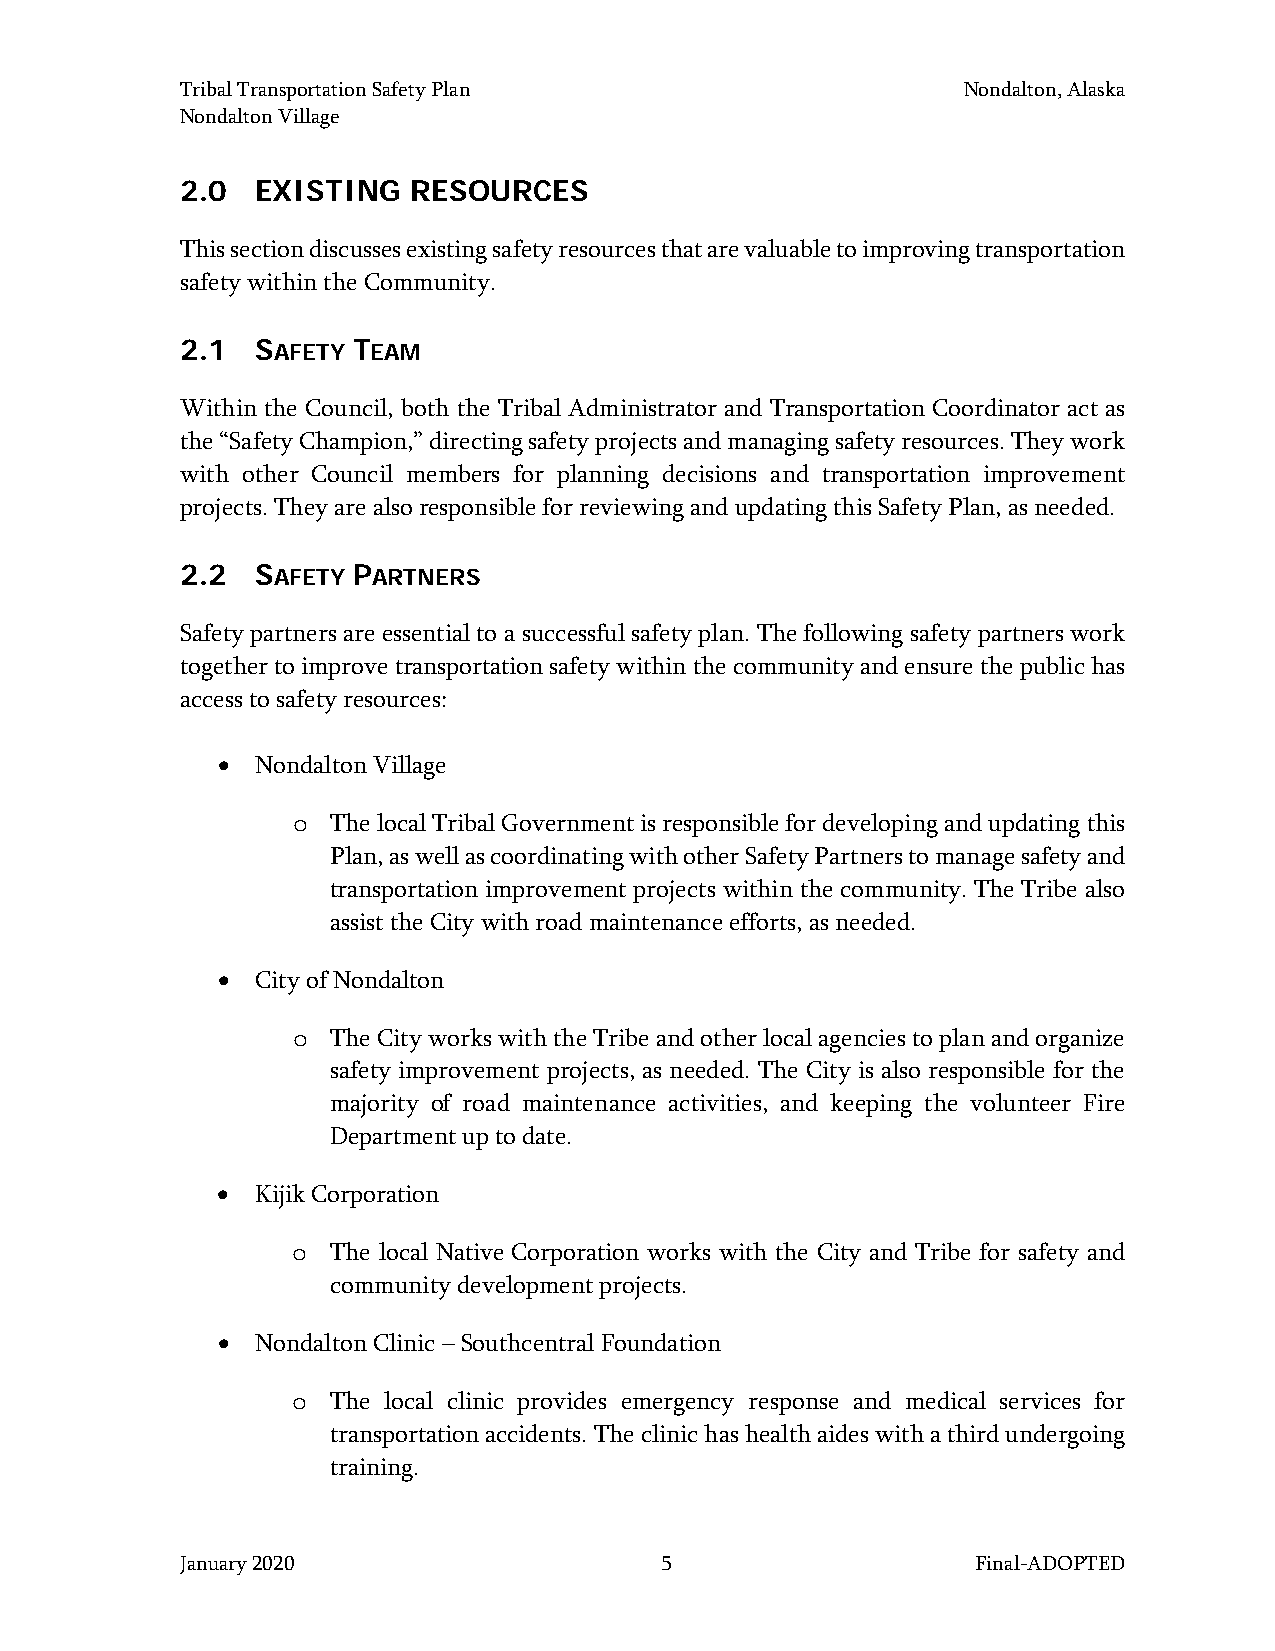
Tribal Transportation Safety Plan                   Nondalton, Alaska
 Nondalton Village
 2.0  EXISTING  RESOURCES
 This section discusses existing safety resources that are valuable to improving transportation
 safety within the Community.
 2.1  SAFETY TEAM
 Within the Council, both the Tribal Administrator and Transportation Coordinator act as
 the “Safety Champion,” directing safety projects and managing safety resources. They work
 with other Council members for planning decisions and transportation improvement
 projects. They are also responsible for reviewing and updating this Safety Plan, as needed.
 2.2  SAFETY PARTNERS
 Safety partners are essential to a successful safety plan. The following safety partners work
 together to improve transportation safety within the community and ensure the public has
 access to safety resources:
 •  Nondalton Village
 The local Tribal Government is responsible for developing and updating this
 o
 Plan, as well as coordinating with other Safety Partners to manage safety and
 transportation improvement projects within the community. The Tribe also
 assist the City with road maintenance efforts, as needed.
 •  City of Nondalton
 The City works with the Tribe and other local agencies to plan and organize
 o
 safety improvement projects, as needed. The City is also responsible for the
 majority of road maintenance activities, and keeping the volunteer Fire
 Department up to date.
 •  Kijik Corporation
 The local Native Corporation works with the City and Tribe for safety and
 o
 community development projects.
 •  Nondalton Clinic – Southcentral Foundation
 The local clinic provides emergency response and medical services for
 o
 transportation accidents. The clinic has health aides with a third undergoing
 training.
 January 2020                    5                    Final-ADOPTED